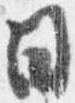
日